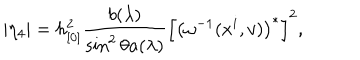
LaTeX: | \eta _ { 4 } | = h _ { [ 0 ] } ^ { 2 } \frac { b ( \lambda ) } { \sin ^ { 2 } \theta a ( \lambda ) } \left[ \left( \omega ^ { - 1 } ( x ^ { i } , v ) \right) ^ { \ast } \right] ^ { 2 } ,